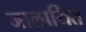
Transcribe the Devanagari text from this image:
जालायित